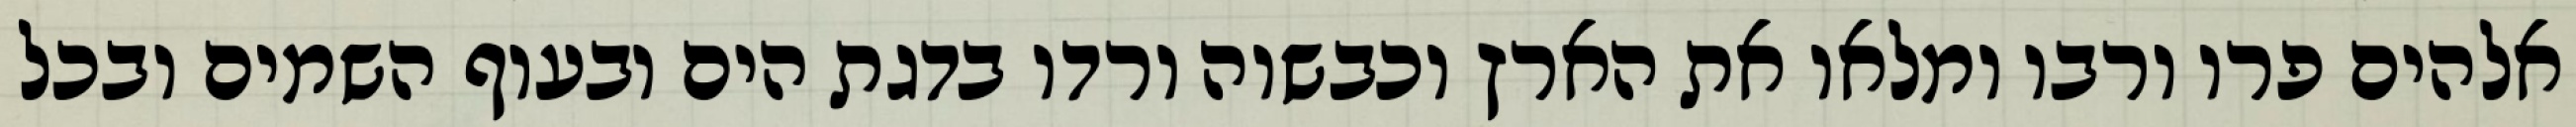
אלהים פרו ורבו ומלאו את הארץ וכבשוה ורדו בדגת הים ובעוף השמים ובכל